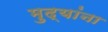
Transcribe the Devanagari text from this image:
मुद्यांना